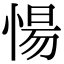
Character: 愓